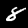
Label: 8